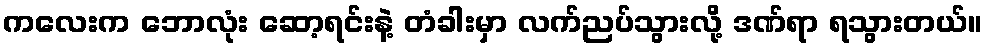
ကလေးက ဘောလုံး ဆော့ရင်းနဲ့ တံခါးမှာ လက်ညပ်သွားလို့ ဒဏ်ရာ ရသွားတယ်။